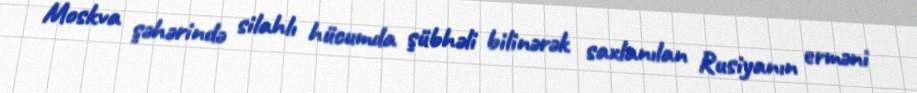
Moskva şəhərində silahlı hücumda şübhəli bilinərək saxlanılan Rusiyanın erməni